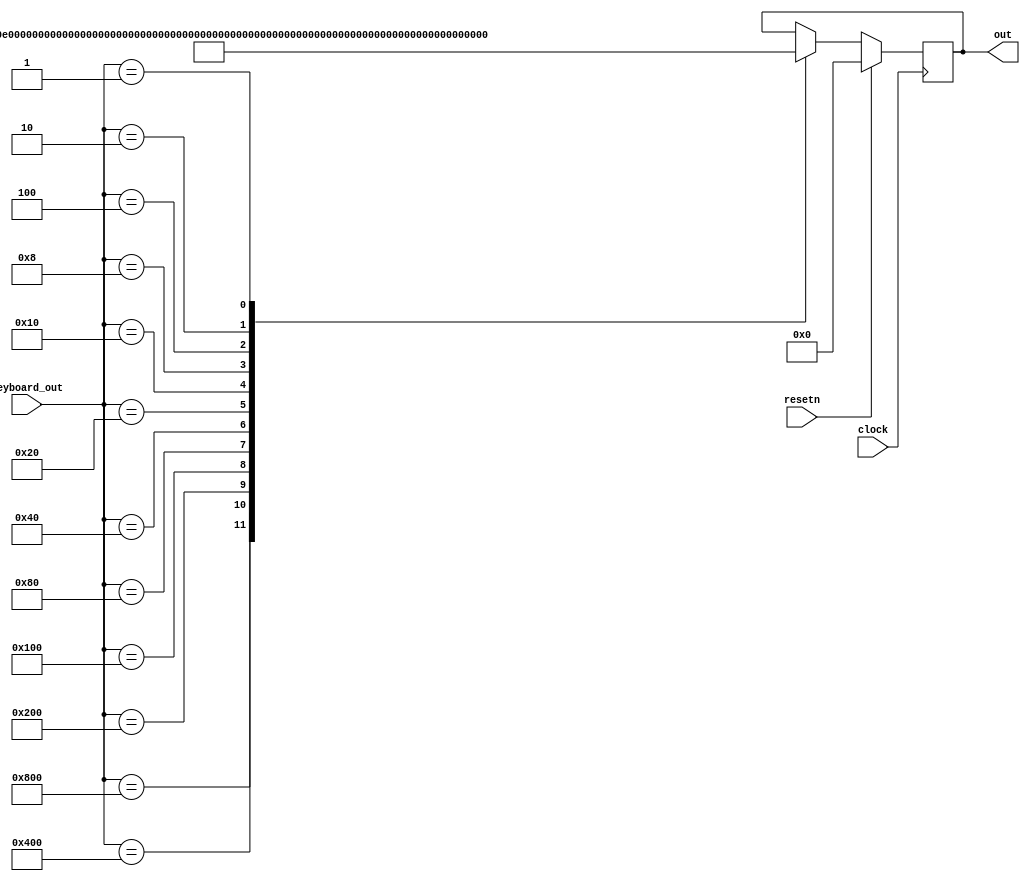
module Keyboard_LUT(
  input clock,
  input resetn,
  input [11:0] keyboard_out,
  output reg [31:0] out
  );
  always @(posedge clock) begin
	 if (resetn)begin
		out <= 32'd0;
	 end
	 else begin
    case(keyboard_out)
      12'b100000000000: out <= 32'd2959;
      12'b010000000000: out <= 32'd2830;
      12'b001000000000: out <= 32'd2675;
      12'b000100000000: out <= 32'd2536;
      12'b000010000000: out <= 32'd2381;
      12'b000001000000: out <= 32'd2244;
      12'b000000100000: out <= 32'd2122;
      12'b000000010000: out <= 32'd1992;
      12'b000000001000: out <= 32'd1878;
      12'b000000000100: out <= 32'd1775;
      12'b000000000010: out <= 32'd1669;
      12'b000000000001: out <= 32'd1587;
		default: out <= out;
    endcase
	 end
  end
endmodule